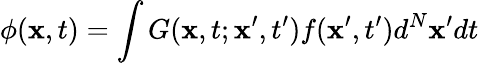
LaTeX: \phi(\mathbf{x},t)=\int G(\mathbf{x},t;\mathbf{x}^{\prime},t^{\prime})f(\mathbf{x}^{\prime},t^{\prime})d^{N}\mathbf{x}^{\prime}dt